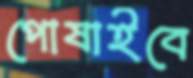
পোষাইবে